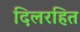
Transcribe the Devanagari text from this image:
दिलरहित